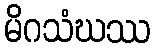
မိဂသံဃဿ